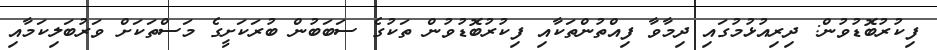
ފިކުރުބޮޑުވުން: ދިރިއުޅުމުގައި ދިމާވާ ފިއްތުންތަކާއި ފިކުރުބޮޑުވުން ތަކުގެ ސަބަބުން ބުރަކަށީގެ މަސްތަކަށް ވަރުބަލިކަމާއި